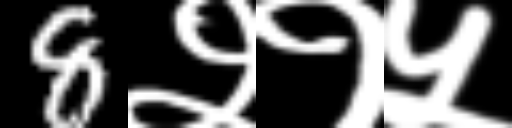
Text: 8२१५